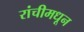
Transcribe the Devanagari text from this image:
रांचीमधून